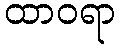
ထာဝရာ